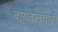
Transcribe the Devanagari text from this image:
बायबलचाही